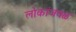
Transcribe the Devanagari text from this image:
लोकांजवळ